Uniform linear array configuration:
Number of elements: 12
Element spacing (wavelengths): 0.25
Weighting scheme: exponential
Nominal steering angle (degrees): -60
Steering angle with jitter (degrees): -61.739
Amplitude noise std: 0.05
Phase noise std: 0.05

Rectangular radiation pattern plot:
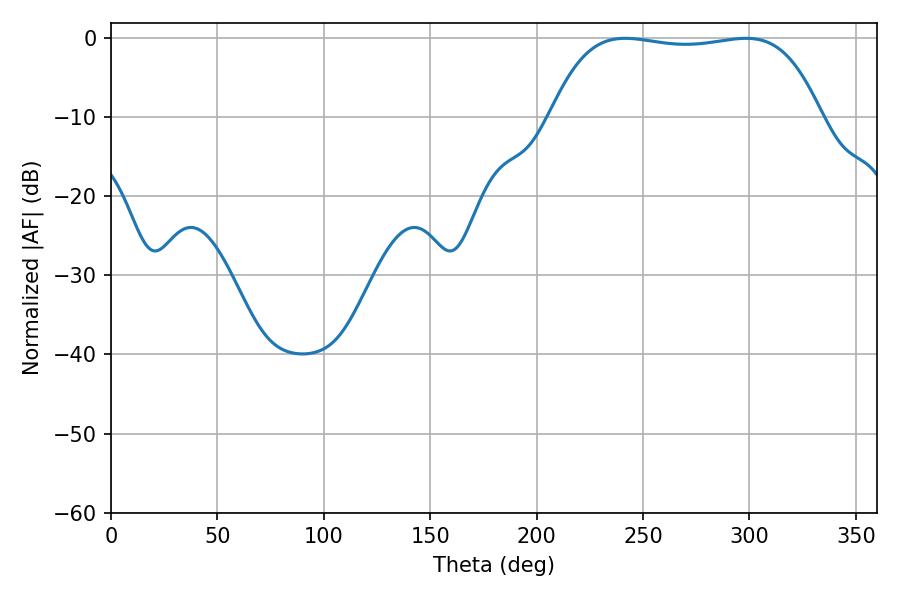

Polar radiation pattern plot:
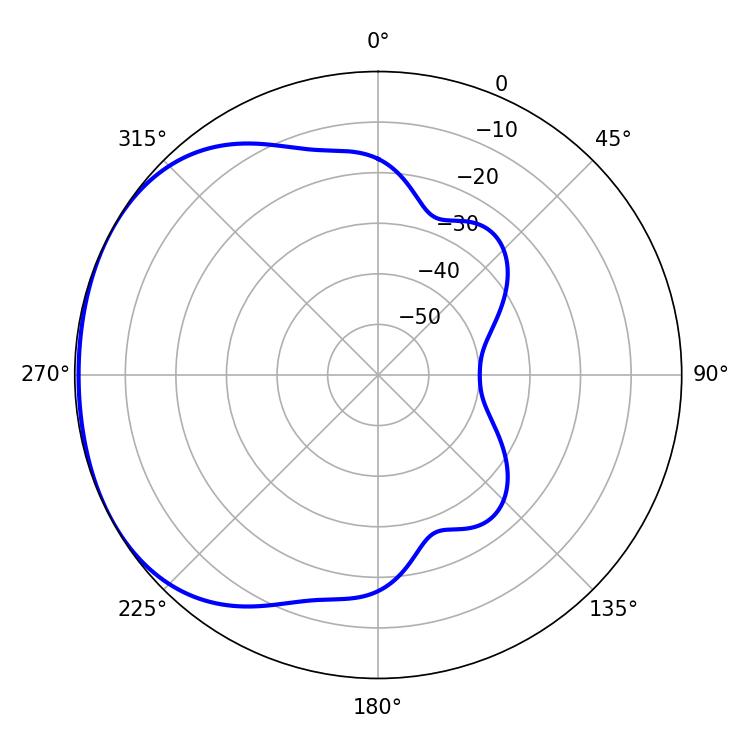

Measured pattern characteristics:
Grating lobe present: FALSE
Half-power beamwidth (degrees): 100.44
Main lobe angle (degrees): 241.56